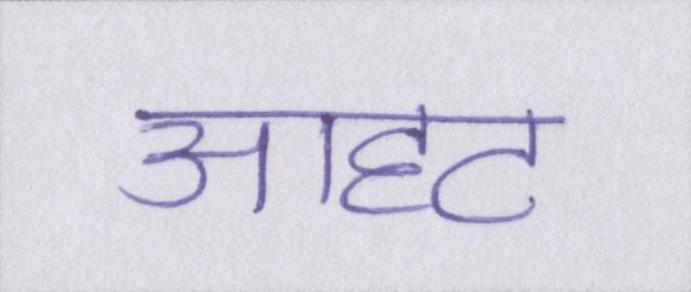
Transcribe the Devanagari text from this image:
आहट